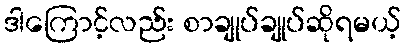
ဒါကြောင့်လည်း စာချုပ်ချုပ်ဆိုရမယ့်